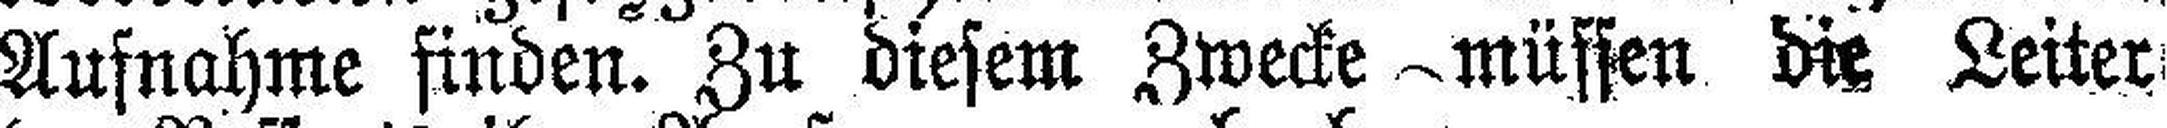
Aufnahme finden. Zu diesem Zwecke müssen die Leiter